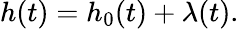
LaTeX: h(t)=h_{0}(t)+\lambda(t).